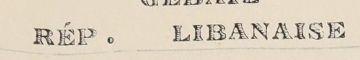
RÉP. LIBANAISE